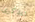
تتذكرى